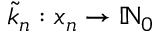
\tilde { k } _ { n } : x _ { n } \to \mathbb N _ { 0 }